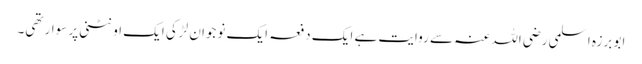
ابو برزہ اسلمی رضی اللہ عنہ سے روایت ہے ایک دفعہ ایک نوجوان لڑکی ایک اونٹنی پر سوار تھی۔